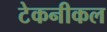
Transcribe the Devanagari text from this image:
टेकनीकल